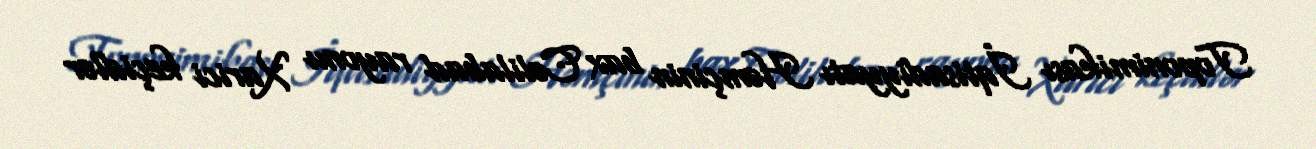
Toponimikası İqtisadiyyatı Həmçinin bax Cəlilabad rayonu Xarici keçidlər